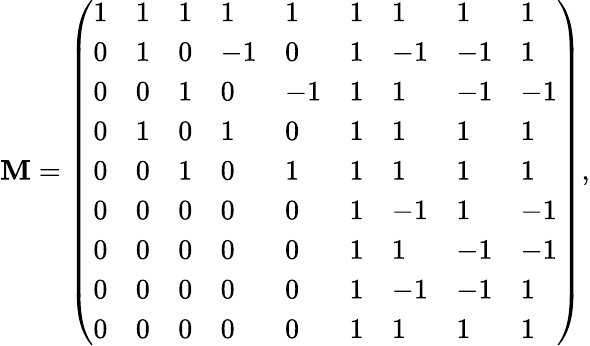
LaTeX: \mathbf{M}=\left(\begin{array}{lllllllll}{1}&{1}&{1}&{1}&{1}&{1}&{1}&{1}&{1}\\ {0}&{1}&{0}&{-1}&{0}&{1}&{-1}&{-1}&{1}\\ {0}&{0}&{1}&{0}&{-1}&{1}&{1}&{-1}&{-1}\\ {0}&{1}&{0}&{1}&{0}&{1}&{1}&{1}&{1}\\ {0}&{0}&{1}&{0}&{1}&{1}&{1}&{1}&{1}\\ {0}&{0}&{0}&{0}&{0}&{1}&{-1}&{1}&{-1}\\ {0}&{0}&{0}&{0}&{0}&{1}&{1}&{-1}&{-1}\\ {0}&{0}&{0}&{0}&{0}&{1}&{-1}&{-1}&{1}\\ {0}&{0}&{0}&{0}&{0}&{1}&{1}&{1}&{1}\end{array}\right),